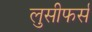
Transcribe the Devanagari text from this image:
लुसीफर्स